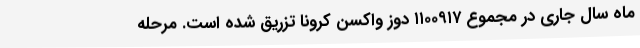
ماه سال جاری در مجموع ۱۱۰۰۹۱۷ دوز واکسن کرونا تزریق شده است. مرحله